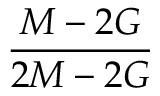
\frac { M - 2 G } { 2 M - 2 G }